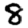
Digit: 8